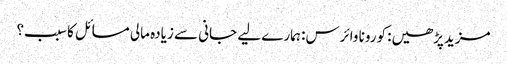
مزیدپڑھیں: کورونا وائرس: ہمارے لیے جانی سے زیادہ مالی مسائل کا سبب؟